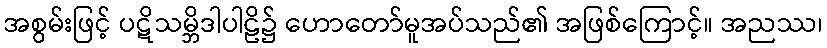
အစွမ်းဖြင့် ပဋိသမ္ဘိဒါပါဠိ၌ ဟောတော်မူအပ်သည်၏ အဖြစ်ကြောင့်။ အညဿ၊